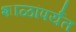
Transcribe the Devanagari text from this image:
शाळांपर्यंत